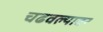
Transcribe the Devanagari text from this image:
चढवल्यावर